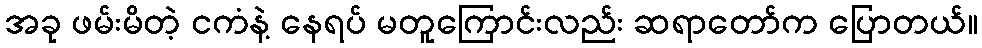
အခု ဖမ်းမိတဲ့ ငကံနဲ့ နေရပ် မတူကြောင်းလည်း ဆရာတော်က ပြောတယ်။